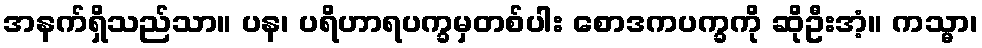
အနက်ရှိသည်သာ။ ပန၊ ပရိဟာရပက္ခမှတစ်ပါး စောဒကပက္ခကို ဆိုဦးအံ့။ ကသ္မာ၊